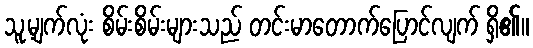
သူ့မျက်လုံး စိမ်းစိမ်းများသည် တင်းမာတောက်ပြောင်လျက် ရှိ၏။